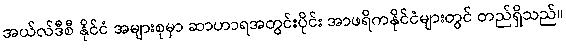
အယ်လ်ဒီစီ နိုင်ငံ အများစုမှာ ဆာဟာရအတွင်းပိုင်း အာဖရိကနိုင်ငံများတွင် တည်ရှိသည်။